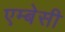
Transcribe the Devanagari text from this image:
एम्‍बेसी